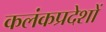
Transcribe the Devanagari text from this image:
कलंकप्रदेशों